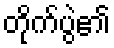
တိုက်ပွဲ၏